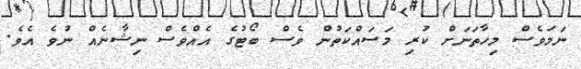
ނަމަވެސް މިހާތަނަށް ކުރި މަސައްކަތުން ވެސް ބޯޓުގެ އެއްވެސް ނިޝާނެއް ނުވެ އެވެ.